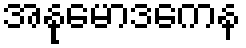
အနုမောဒကေန